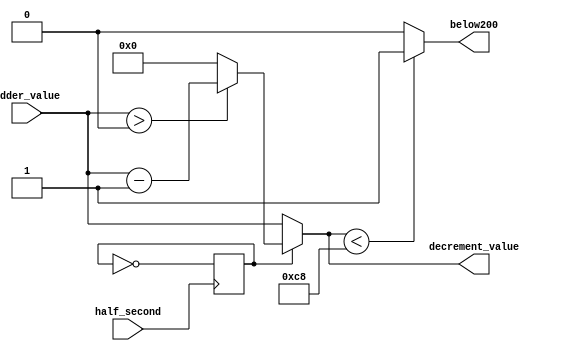
`timescale 1ns / 1ps

module Decrementer(
    input half_second,
    input [15:0] adder_value,
    output [15:0] decrement_value,
    output below200
);

reg decrement = 0;
reg [15:0] decrement_value_reg;
assign decrement_value = decrement_value_reg;
assign below200 = (decrement_value < 200) ? 1:0;
always @(*) begin
    if(decrement) begin
        if(adder_value > 0) 
            decrement_value_reg = adder_value - 1;
        else
            decrement_value_reg = 0;
    end
    else 
        decrement_value_reg = adder_value;
end

always @(posedge half_second) begin
    decrement = ~decrement;
end
endmodule